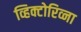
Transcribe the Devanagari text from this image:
व्हिक्टोरिव्ना